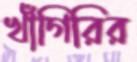
খাঁগিরির